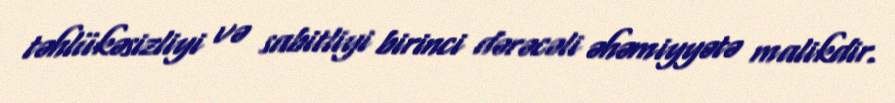
təhlükəsizliyi və sabitliyi birinci dərəcəli əhəmiyyətə malikdir.